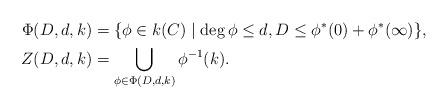
LaTeX: \begin{align*}\Phi(D,d,k)&=\{\phi\in k(C)\mid \deg \phi\leq d, D\leq \phi^*(0)+\phi^*(\infty)\},\\Z(D,d,k)&=\bigcup_{\phi\in \Phi(D,d,k)} \phi^{-1}(k).\end{align*}